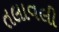
તલાવલી